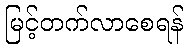
မြင့်တက်လာစေရန်